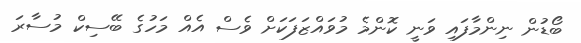
ބޯޑުން ނިންމާފައި ވަނީ ކޮންމެ މުވައްޒަފަކަށް ވެސް އެއް މަހުގެ ބޭސިކް މުސާރަ